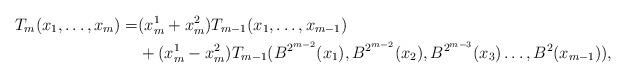
LaTeX: \begin{align*}T_{m}(x_{1},\ldots ,x_{m})=& (x_{m}^{1}+x_{m}^{2})T_{m-1}(x_{1},\ldots,x_{m-1}) \\&+(x_{m}^{1}-x_{m}^{2})T_{m-1}(B^{2^{m-2}}(x_{1}),B^{2^{m-2}}(x_{2}),B^{2^{m-3}}(x_{3})\ldots ,B^{2}(x_{m-1})),\end{align*}